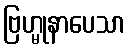
ဗြဟ္မုနာပေသာ